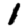
Digit: 1